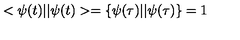
< \psi ( t ) | | \psi ( t ) > = \{ \psi ( \tau ) | | \psi ( \tau ) \} = 1